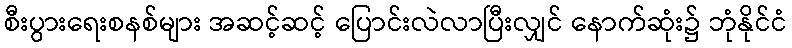
စီးပွားရေးစနစ်များ အဆင့်ဆင့် ပြောင်းလဲလာပြီးလျှင် နောက်ဆုံး၌ ဘုံနိုင်ငံ